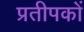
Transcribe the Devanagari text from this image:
प्रतीपकों